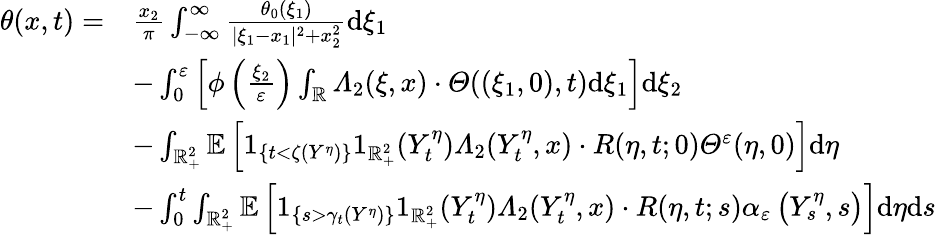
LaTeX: \begin{array}{rl}{\theta(x,t)=}&{\frac{x_{2}}{\pi}\int_{-\infty}^{\infty}\frac{\theta_{0}(\xi_{1})}{|\xi_{1}-x_{1}|^{2}+x_{2}^{2}}\mathrm{d}\xi_{1}}\\ &{-\int_{0}^{\varepsilon}\left[\phi\left(\frac{\xi_{2}}{\varepsilon}\right)\int_{\mathbb{R}}\varLambda_{2}(\xi,x)\cdot\varTheta((\xi_{1},0),t)\mathrm{d}\xi_{1}\right]\mathrm{d}\xi_{2}}\\ &{-\int_{\mathbb{R}_{+}^{2}}\mathbb{E}\left[1_{\{ t<\zeta(Y^{\eta})\} }1_{\mathbb{R}_{+}^{2}}(Y_{t}^{\eta})\varLambda_{2}(Y_{t}^{\eta},x)\cdot R(\eta,t;0)\varTheta^{\varepsilon}(\eta,0)\right]\mathrm{d}\eta}\\ &{-\int_{0}^{t}\int_{\mathbb{R}_{+}^{2}}\mathbb{E}\left[1_{\left\{ s>\gamma_{t}(Y^{\eta})\right\} }1_{\mathbb{R}_{+}^{2}}(Y_{t}^{\eta})\varLambda_{2}(Y_{t}^{\eta},x)\cdot R(\eta,t;s)\alpha_{\varepsilon}\left(Y_{s}^{\eta},s\right)\right]\mathrm{d}\eta\mathrm{d}s}\end{array}